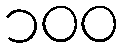
၁၀၀